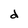
Character: d